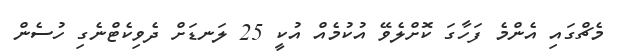
މެޗްގައި އެންމެ ފަހާގަ ކޮށްލެވޭ އުކުމެއް އުކީ 25 ލަނޑަށް ދެވިކެޓްނެގި ހުސެން